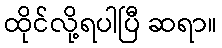
ထိုင်လို့ရပါပြီ ဆရာ။